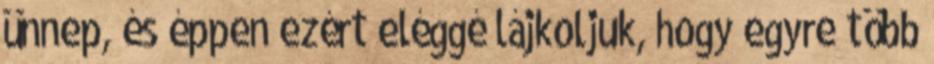
ünnep, és éppen ezért eléggé lájkoljuk, hogy egyre több